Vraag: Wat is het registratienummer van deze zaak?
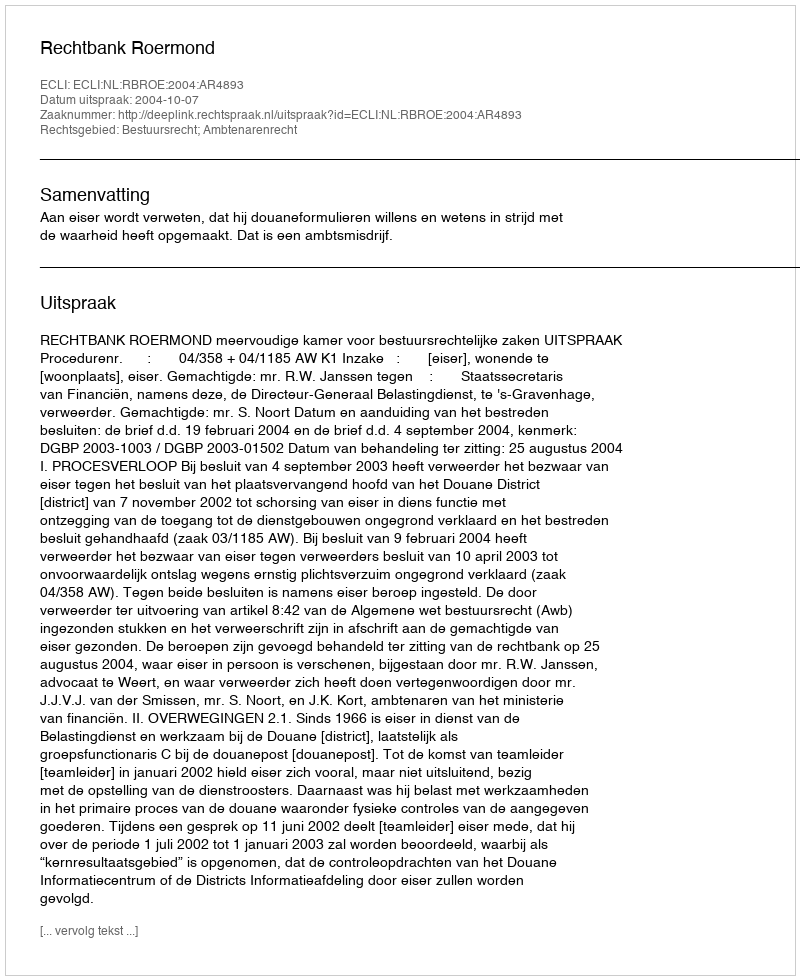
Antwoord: http://deeplink.rechtspraak.nl/uitspraak?id=ECLI:NL:RBROE:2004:AR4893